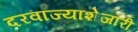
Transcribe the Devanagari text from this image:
दरवाज्याशेजारी